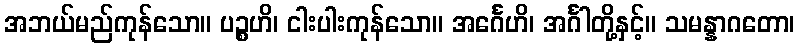
အဘယ်မည်ကုန်သော။ ပဉ္စဟိ၊ ငါးပါးကုန်သော။ အင်္ဂေဟိ၊ အင်္ဂါတို့နှင့်။ သမန္နာဂတော၊